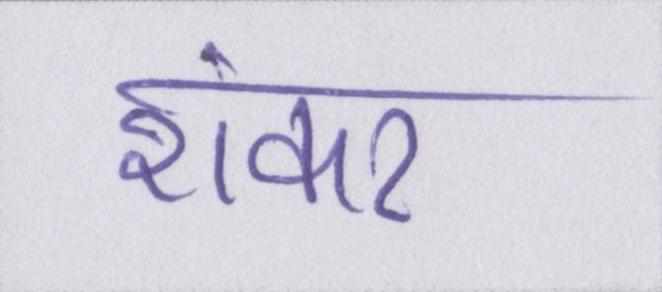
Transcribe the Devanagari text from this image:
शंकर